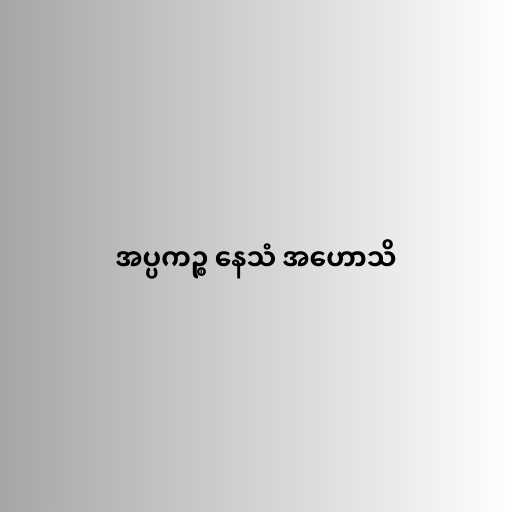
အပ္ပကဉ္စ နေသံ အဟောသိ